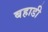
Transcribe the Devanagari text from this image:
बहाडी